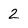
Character: 2